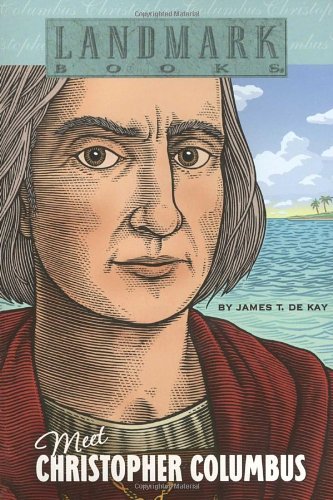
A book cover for Meet Christopher Columbus (Landmark Books); James T. de Kay; Children's Books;